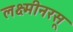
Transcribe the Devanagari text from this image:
लक्ष्मीनरसू